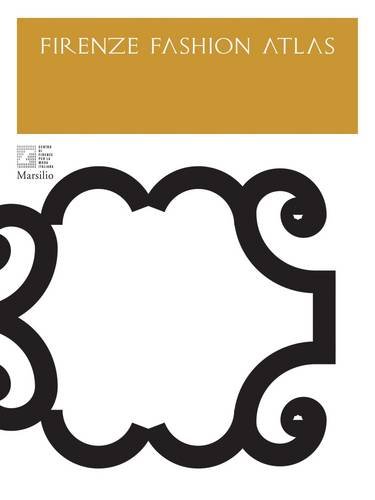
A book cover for Firenze Fashion Atlas; Arts & Photography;